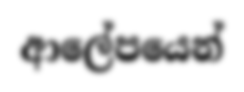
ආලේපයෙන්